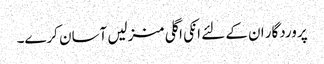
پروردگار ان کے لئے انکی اگلی منزلیں آسان کرے۔